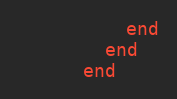
Language: Ruby
          end
        end
      end